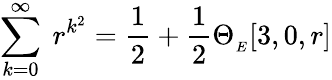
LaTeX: \displaystyle\sum_{k=0}^{\infty}\ r^{k^{2}}=\frac{1}{2}+\frac{1}{2}\Theta_{_{E}}[3,0,r]